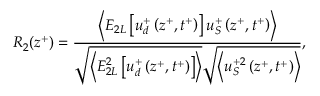
R _ { 2 } ( z ^ { + } ) = \frac { \left< E _ { 2 L } \left[ u _ { d } ^ { + } \left( z ^ { + } , t ^ { + } \right) \right] u _ { S } ^ { + } \left( z ^ { + } , t ^ { + } \right) \right> } { \sqrt { \left< E _ { 2 L } ^ { 2 } \left[ u _ { d } ^ { + } \left( z ^ { + } , t ^ { + } \right) \right] \right> } \sqrt { \left< u _ { S } ^ { + 2 } \left( z ^ { + } , t ^ { + } \right) \right> } } ,